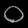
Digit: ၀